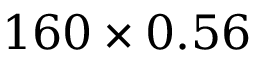
1 6 0 \times 0 . 5 6